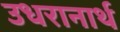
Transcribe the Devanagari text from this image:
उधरानार्थ